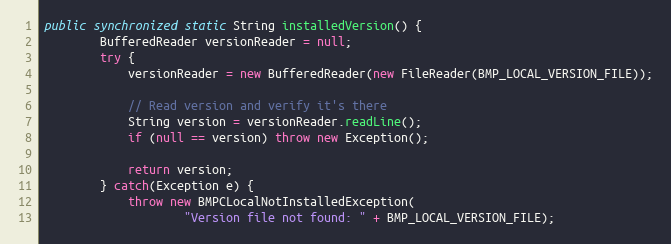
Language: Java
public synchronized static String installedVersion() {
        BufferedReader versionReader = null;
        try {
            versionReader = new BufferedReader(new FileReader(BMP_LOCAL_VERSION_FILE));

            // Read version and verify it's there
            String version = versionReader.readLine();
            if (null == version) throw new Exception();

            return version;
        } catch(Exception e) {
            throw new BMPCLocalNotInstalledException(
                    "Version file not found: " + BMP_LOCAL_VERSION_FILE);